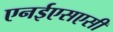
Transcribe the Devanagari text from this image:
एनईएसएसी